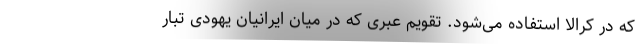
که در کرالا استفاده می‌شود. تقویم عبری که در میان ایرانیان یهودی تبار